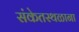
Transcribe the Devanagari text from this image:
संकेतस्थळाना